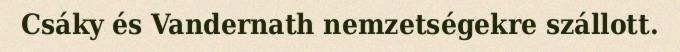
Csáky és Vandernath nemzetségekre szállott.